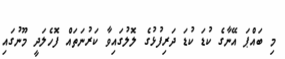
މި ބައްޕަ އޭނާގެ ކުޑަ ކުޑަ ދަރިފުޅުގެ ލޮލުގައިވާ ކަރުނަތައް ފޮހެލަދީ މޫނުގައި